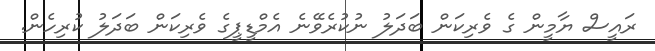
ރައީސް ޔާމީން ގެ ވެރިކަން ބަދަލު ނުކުރެވޭނެ އެމްޑީޕީގެ ވެރިކަން ބަދަލު ކުރިހެން.